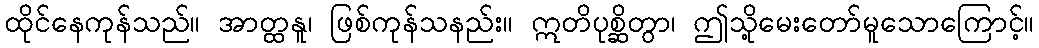
ထိုင်နေကုန်သည်။ အာတ္ထနူ၊ ဖြစ်ကုန်သနည်း။ ဣတိပုစ္ဆိတွာ၊ ဤသို့မေးတော်မူသောကြောင့်။